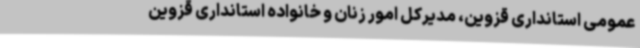
عمومی استانداری قزوین، مدیرکل امور زنان و خانواده استانداری قزوین